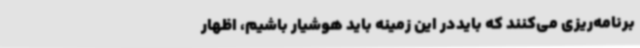
برنامه‌ریزی می‌کنند که بایددر این زمینه باید هوشیار باشیم، اظهار